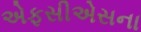
એફસીએસના